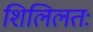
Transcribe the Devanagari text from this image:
शिलिलतः